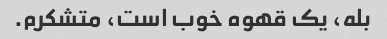
بله، یک قهوه خوب است، متشکرم.